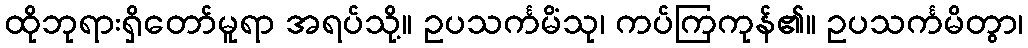
ထိုဘုရားရှိတော်မူရာ အရပ်သို့။ ဥပသင်္ကမိံသု၊ ကပ်ကြကုန်၏။ ဥပသင်္ကမိတွာ၊